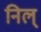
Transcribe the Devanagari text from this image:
निल्